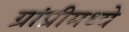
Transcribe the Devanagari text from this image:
ग्रांप्रीमध्ये